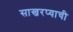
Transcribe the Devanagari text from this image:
साखरप्याची